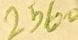
Text: 2560